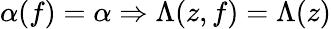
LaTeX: \alpha(f)=\alpha\Rightarrow\Lambda(z,f)=\Lambda(z)